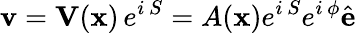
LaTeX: {\mathbf{v}}=\mathbf{V}(\mathbf{x})\, e^{i\, S}=A(\mathbf{x})e^{i\, S}e^{i\, \phi}\hat{\mathbf{e}}